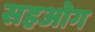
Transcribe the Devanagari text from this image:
सहओग